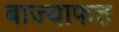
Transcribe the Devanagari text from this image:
बाज्याफत